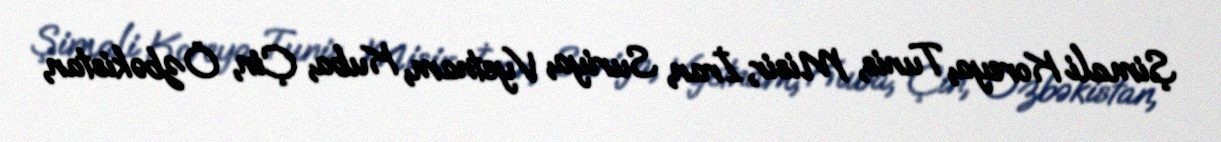
Şimali Koreya, Tunis, Misir, İran, Suriya, Vyetnam, Kuba, Çin, Özbəkistan,